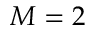
M = 2